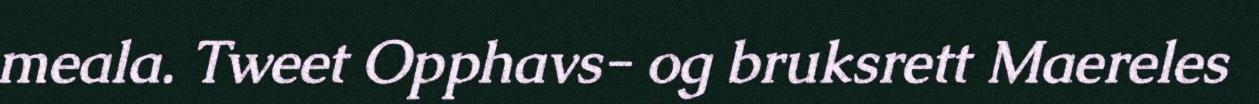
meala. Tweet Opphavs- og bruksrett Maereles